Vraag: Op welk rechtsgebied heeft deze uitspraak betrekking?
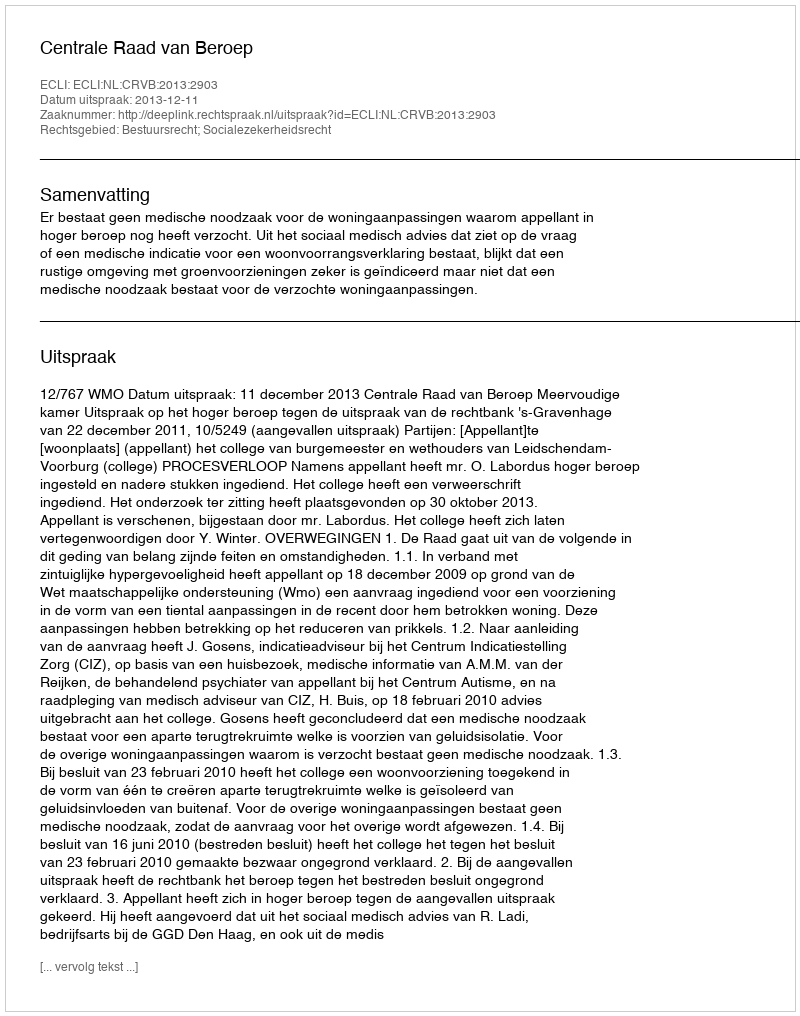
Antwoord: Bestuursrecht; Socialezekerheidsrecht